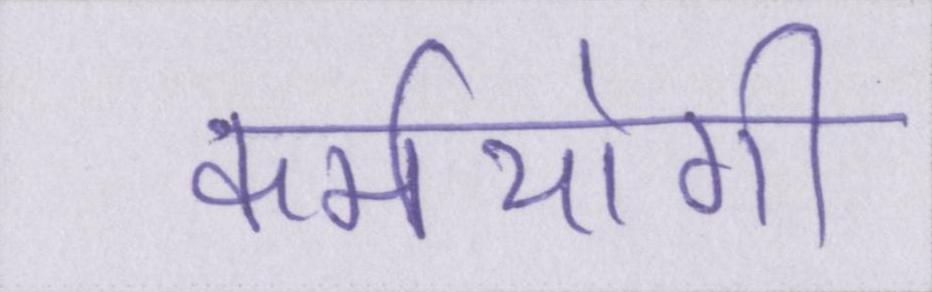
कर्मयोगी